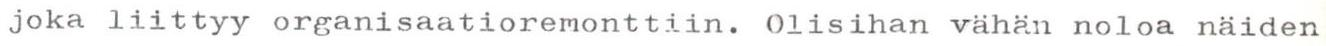
joka liittyy organisaatioremonttiin. Olisihan vähän noloa näiden